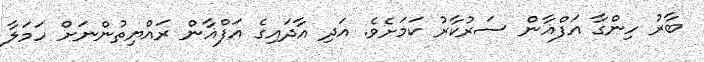
ބާރު ހިންގާ އަފްޣާން ސަރުކާރު ކަމަށެވެ. އަދި އާދައިގެ އަފްޣާން ރައްޔިތުންނަށް ހަމަލާ